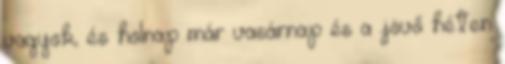
vagyok, és holnap már vasárnap és a jövő héten